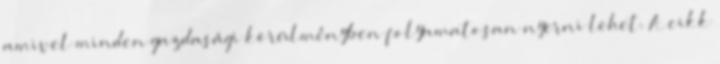
amivel minden gazdasági körülményben folyamatosan nyerni lehet. A cikk